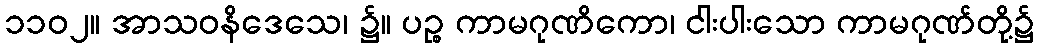
၁၁၀၂။ အာသဝနိဒေသေ၊ ၌။ ပဉ္စ ကာမဂုဏိကော၊ ငါးပါးသော ကာမဂုဏ်တို့၌